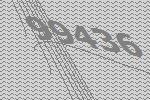
99436